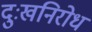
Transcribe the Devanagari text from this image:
दुःखनिरोध